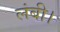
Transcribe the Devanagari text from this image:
लंबी।